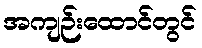
အကျဉ်းထောင်တွင်